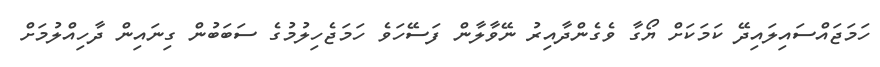
ހަމަޖައްސައިލައިދޭ ކަމަކަށް ޔޯގާ ވެގެންދާއިރު ނޭވާލާން ފަސޭހަވެ ހަމަޖެހިލުމުގެ ސަބަބުން ގިނައިން ދާހިއްލުމަށް